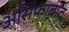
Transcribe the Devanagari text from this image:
असिफाबाद